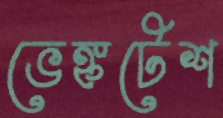
ভেঙ্কটেশ